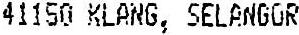
41150 KLANG, SELANGOR